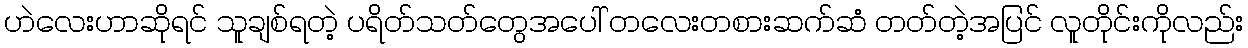
ဟဲလေးဟာဆိုရင် သူချစ်ရတဲ့ ပရိတ်သတ်တွေအပေါ် တလေးတစားဆက်ဆံ တတ်တဲ့အပြင် လူတိုင်းကိုလည်း